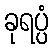
ခုရပ္ပံ